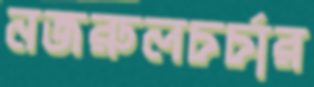
নজরুলচর্চার